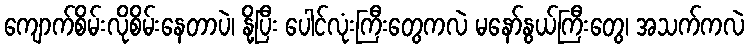
ကျောက်စိမ်းလိုစိမ်းနေတာပဲ၊ နို့ပြီး ပေါင်လုံးကြီးတွေကလဲ မနော်နွယ်ကြီးတွေ၊ အသက်ကလဲ